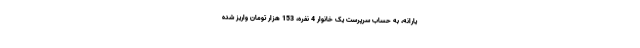
یارانه، به حساب سرپرست یک خانوار 4 نفره، 153 هزار تومان واریز شده